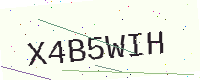
Text: X4B5WIH